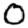
Digit: 0